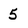
Character: 5